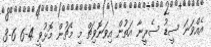
އެއްވަނަ ސީޑު ސެރީނާ އަތުން އިވަނޮވިޗް މި މެޗުން މޮޅުވީ 4-6 6-3